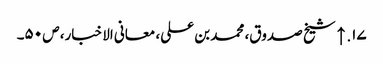
۱۷. ↑ شیخ صدوق، محمد بن علی، معانی الاخبار، ص ۵۰۔